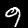
Digit: 9